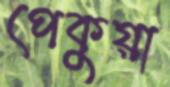
পেকুয়া